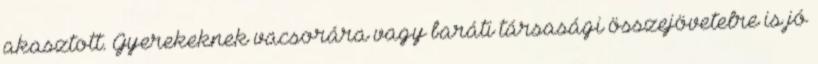
akasztott. Gyerekeknek vacsorára vagy baráti társasági összejövetelre is jó